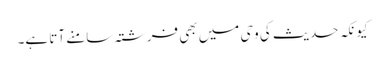
کیونکہ حدیث کی وحی میں بھی فرشتہ سامنے آتا ہے۔